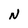
Character: N